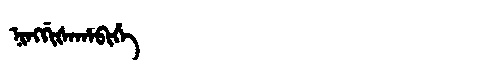
Manchu: ᠨᡳᠩᡤᡳᡧᠠᡥᠠᠪᡳᡥᡝ
Romanization: NINGGIŠAHABIHE